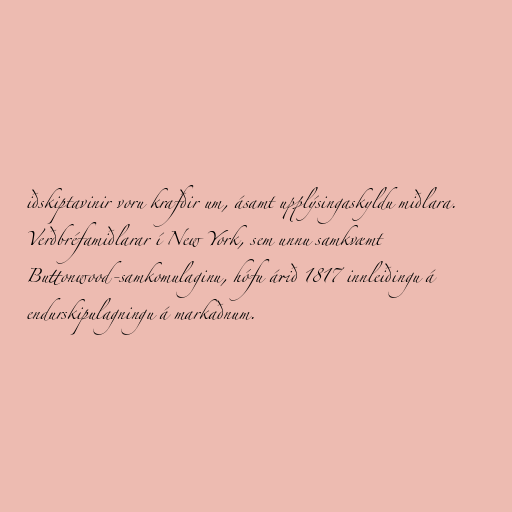
iðskiptavinir voru krafðir um, ásamt upplýsingaskyldu miðlara.
Verðbréfamiðlarar í New York, sem unnu samkvæmt
Buttonwood-samkomulaginu, hófu árið 1817 innleiðingu á
endurskipulagningu á markaðnum.